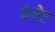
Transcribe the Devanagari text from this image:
कंवेट